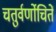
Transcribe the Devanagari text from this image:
चतुर्वर्णोचितें